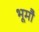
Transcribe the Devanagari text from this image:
भूमौ